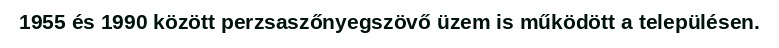
1955 és 1990 között perzsaszőnyegszövő üzem is működött a településen.